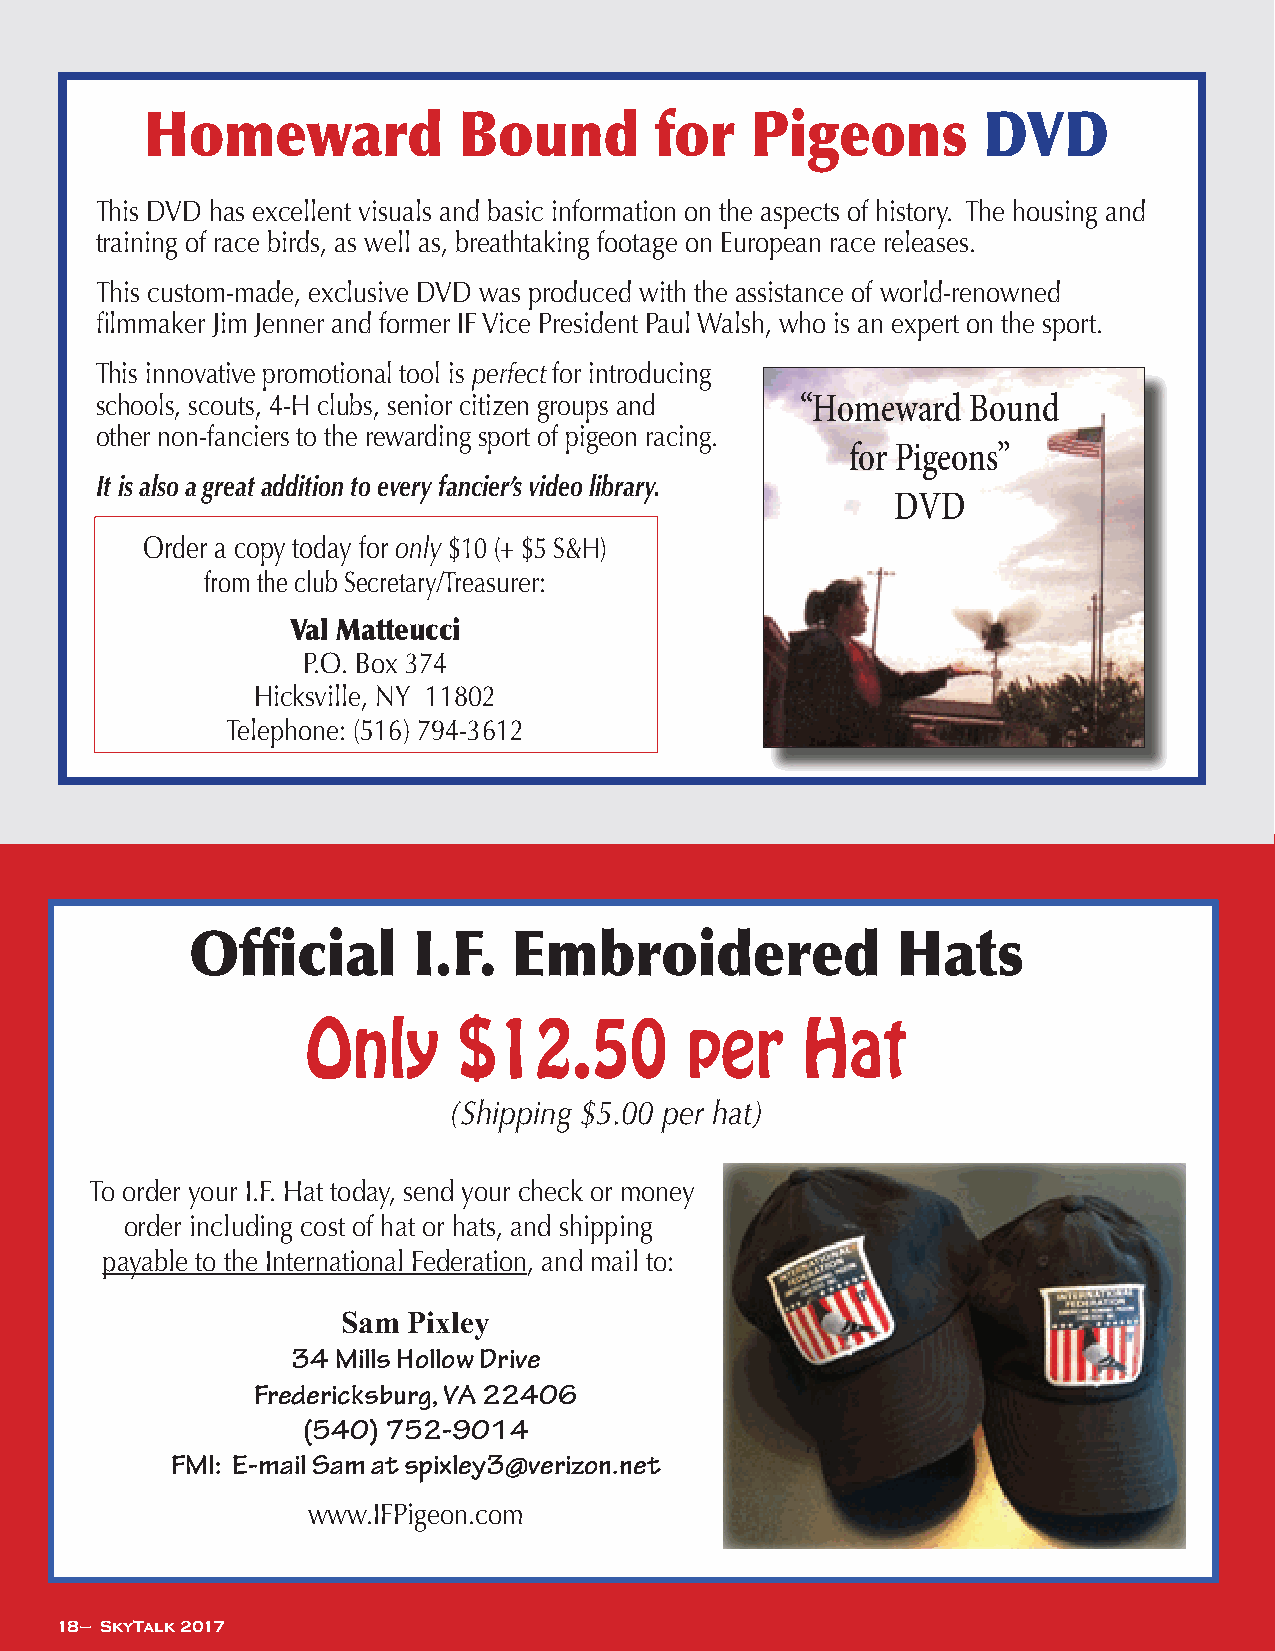
Homeward            Bound        for    Pigeons        DVD
 This DVD has excellent visuals and basic information on the aspects of history. The housing and
 training of race birds, as well as, breathtaking footage on European race releases.
 This custom-made, exclusive DVD was produced with the assistance of world-renowned
 filmmaker Jim Jenner and former IF Vice President Paul Walsh, who is an expert on the sport.
 This innovative promotional tool is perfect for introducing
 schools, scouts, 4-H clubs, senior citizen groups and “Homeward Bound
 other non-fanciers to the rewarding sport of pigeon racing.
 for Pigeons”
 It is also a great addition to every fancier’s video library.
 DVD
 Order a copy today for only $10 (+ $5 S&H)
 from the club Secretary/Treasurer:
 Val Matteucci
 P.O. Box 374
 Hicksville, NY 11802
 Telephone: (516) 794-3612
 Official      I.F.   Embroidered              Hats
 Only      $12.50         per     Hat
 (Shipping $5.00 per hat)
 To order your I.F. Hat today, send your check or money
 order including cost of hat or hats, and shipping
 payable to the International Federation, and mail to:
 Sam Pixley
 34 Mills Hollow Drive
 Fredericksburg, VA 22406
 (540) 752-9014
 FMI: E-mail Sam at spixley3@verizon.net
 www.IFPigeon.com
 18 – SkyTalk 2017